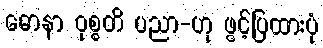
ဓောနာ ဝုစ္စတိ ပညာ-ဟု ဖွင့်ပြထားပုံ